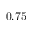
0 . 7 5